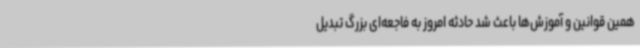
همین قوانین و آموزش‌ها باعث شد حادثه امروز به فاجعه‌ای بزرگ تبدیل